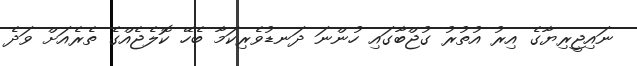
ނައިޖީރިޔާގެ އިރު އުތުރު ގުޖްބާގައި ހުންނަ ދަނޑުވެރިކަމާ ބެހޭ ކޮލެޖެއްގެ ތެރެއަށް ވަދެ